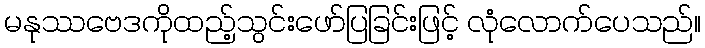
မနုဿဗေဒကိုထည့်သွင်းဖော်ပြခြင်းဖြင့် လုံလောက်ပေသည်။